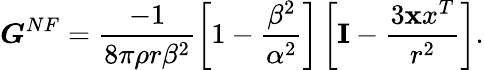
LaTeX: \boldsymbol{G}^{NF}=\frac{-1}{8\pi\rho r\beta^{2}}\left[1-\frac{\beta^{2}}{\alpha^{2}}\right]\left[{\mathbf I}-\frac{3{\mathbf xx^{T}}}{r^{2}}\right].